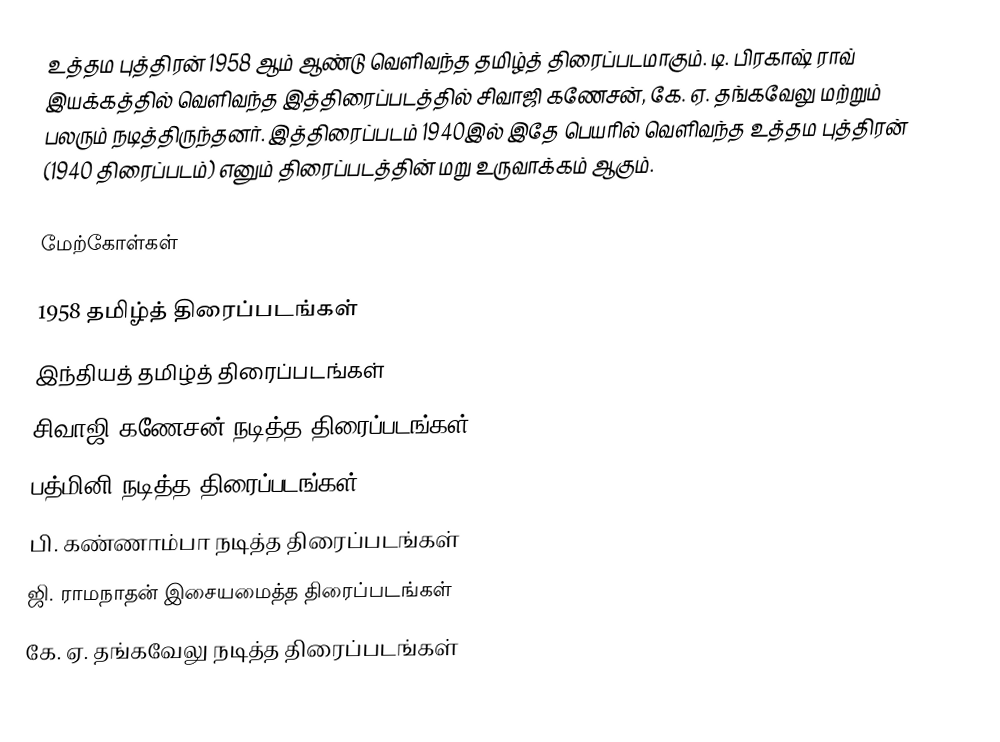
உத்தம புத்திரன் 1958 ஆம் ஆண்டு வெளிவந்த தமிழ்த் திரைப்படமாகும். டி. பிரகாஷ் ராவ் இயக்கத்தில் வெளிவந்த இத்திரைப்படத்தில் சிவாஜி கணேசன், கே. ஏ. தங்கவேலு மற்றும் பலரும் நடித்திருந்தனர். இத்திரைப்படம் 1940இல் இதே பெயரில் வெளிவந்த உத்தம புத்திரன் (1940 திரைப்படம்) எனும் திரைப்படத்தின் மறு உருவாக்கம் ஆகும்.

மேற்கோள்கள்

1958 தமிழ்த் திரைப்படங்கள்
இந்தியத் தமிழ்த் திரைப்படங்கள்
சிவாஜி கணேசன் நடித்த திரைப்படங்கள்
பத்மினி நடித்த திரைப்படங்கள்
பி. கண்ணாம்பா நடித்த திரைப்படங்கள்
ஜி. ராமநாதன் இசையமைத்த திரைப்படங்கள்
கே. ஏ. தங்கவேலு நடித்த திரைப்படங்கள்